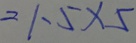
= 1 . 5 \times 5